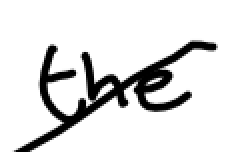
Text: the
Cross-out: diagonal
Writing tool: digital_black